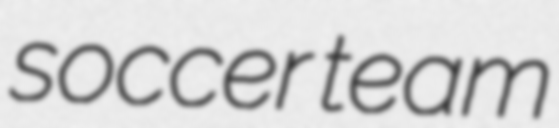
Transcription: soccer team